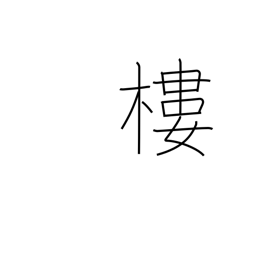
Meaning: turret